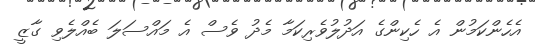
އެހެންކަމުން އެ ހެކިންގެ އަދުލުވެރިކަމާ މެދު ވެސް އެ މައްސަލަ ބެއްލެވި ގާޒީ